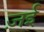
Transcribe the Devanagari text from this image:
ज़ई